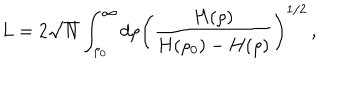
L = 2 \sqrt { N } \int _ { \rho _ { 0 } } ^ { \infty } d \rho \left( \frac { H ( \rho ) } { H ( \rho _ { 0 } ) - H ( \rho ) } \right) ^ { 1 / 2 } \, ,